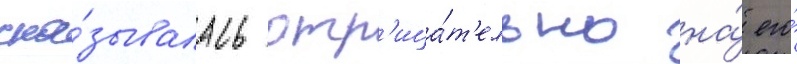
ска́зывалась отр'ица́т'ельно на́ его́